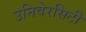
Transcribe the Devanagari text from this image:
उनिवेरसिटी